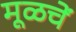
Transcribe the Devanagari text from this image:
मूळचें